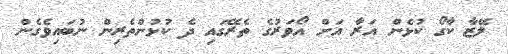
ލޭޒާ ކާގޯ ކުޅެން އަރާ އަށް އޯވަރުގެ ތެރޭގައި ދެ ކުޅުންތެރިން ނުބައިވެގެން